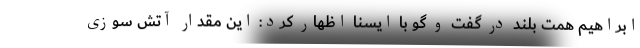
ابراهیم همت بلند در گفت و گو با ایسنا اظهار کرد: این مقدار آتش سوزی